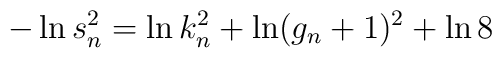
-\ln s_n^2 =  \ln k_n^2 +\ln(g_n+1)^2+ \ln 8